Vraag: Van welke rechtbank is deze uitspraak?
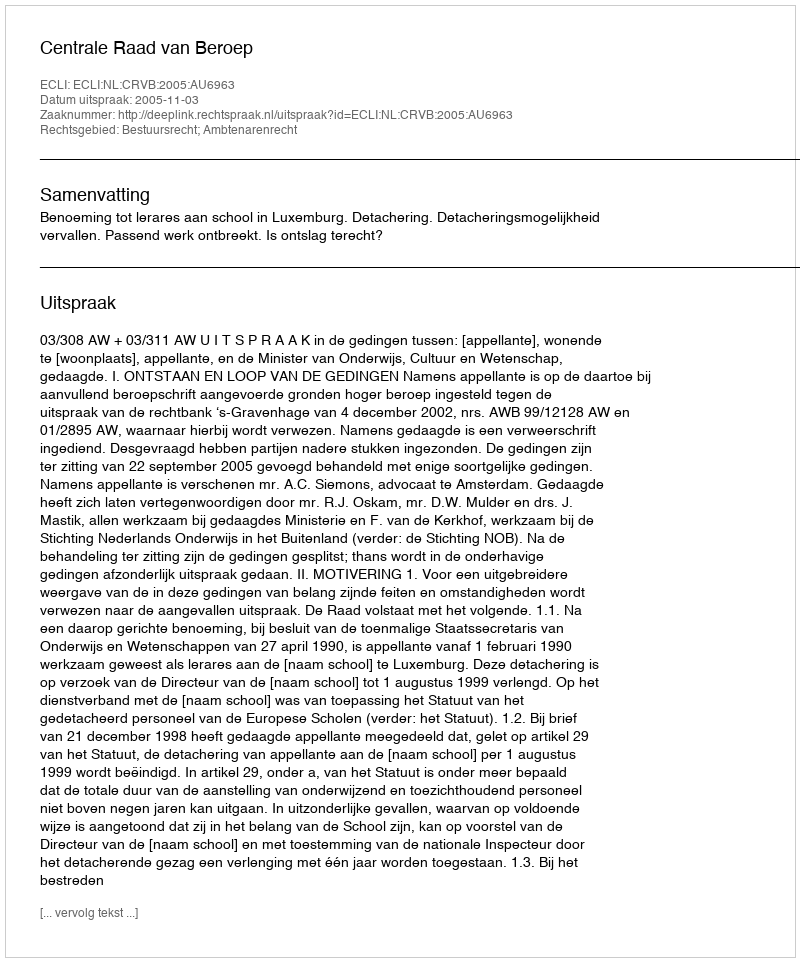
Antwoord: Centrale Raad van Beroep